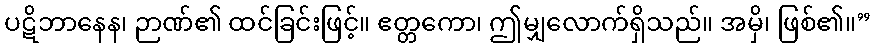
ပဋိဘာနေန၊ ဉာဏ်၏ ထင်ခြင်းဖြင့်။ ဧတ္တကော၊ ဤမျှလောက်ရှိသည်။ အမှိ၊ ဖြစ်၏။”